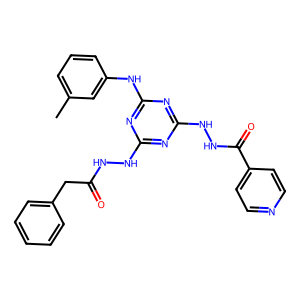
SMILES: Cc1cccc(Nc2nc(NNC(=O)Cc3ccccc3)nc(NNC(=O)c3ccncc3)n2)c1
Inhibits HIV replication: No